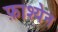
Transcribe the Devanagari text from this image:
फ़ाश्येन